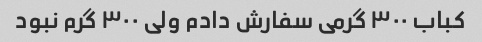
کباب ۳۰۰ گرمی سفارش دادم ولی ۳۰۰ گرم نبود